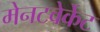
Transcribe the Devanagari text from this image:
मेनटवेर्केट